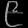
Digit: ၉